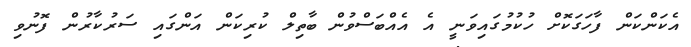
އެކަންކަން ފާހަގަކޮށް ހުކުމުގައިވަނީ އެ އެއްބަސްވުން ބާތިލް ކުރިކަން އަންގައި ސަރުކާރުން ފޮނުވި